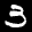
Label: 3